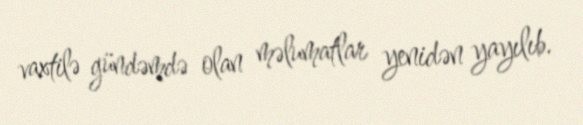
vaxtilə gündəmdə olan məlumatlar yenidən yayılıb.